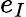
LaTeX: e_{I}